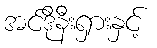
အင်ဒိုနီးရှားနှင့်